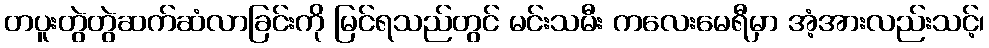
တပူးတွဲတွဲဆက်ဆံလာခြင်းကို မြင်ရသည်တွင် မင်းသမီး ကလေးမေရီမှာ အံ့အားလည်းသင့်၊